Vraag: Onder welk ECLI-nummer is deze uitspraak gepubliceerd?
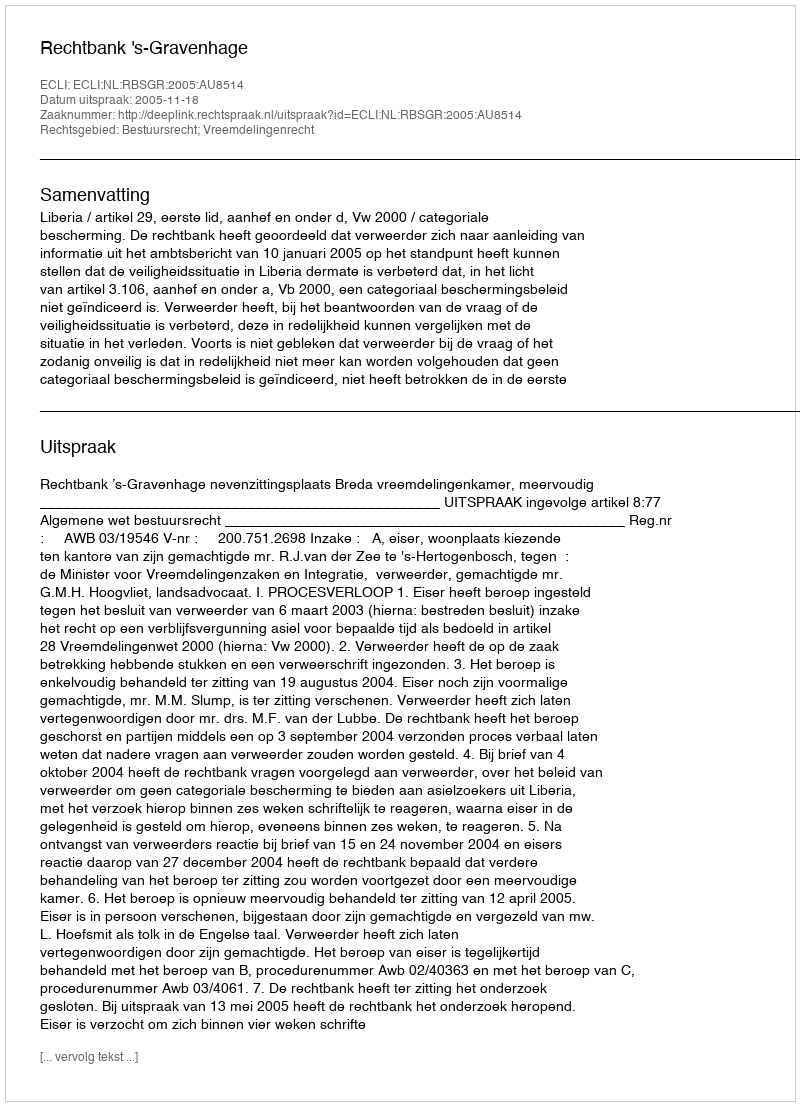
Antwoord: ECLI:NL:RBSGR:2005:AU8514